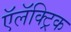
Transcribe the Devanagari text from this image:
ऍलॅक्ट्रिक